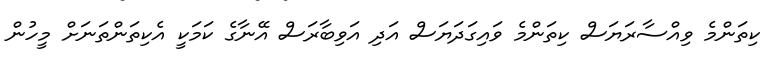
ކިތަންމެ ވިއްސާރަޔަސް ކިތަންމެ ވައިގަދަޔަސް އަދި އަވިބާރަސް އޭނާގެ ކަމަކީ އެކިތަންތަނަށް މީހުން